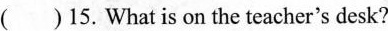
( )15.What is on the teacher's desk?